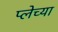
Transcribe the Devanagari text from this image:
प्लेच्या